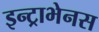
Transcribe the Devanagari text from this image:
इन्ट्राभेनस